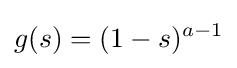
g(s)=(1-s)^{a-1}